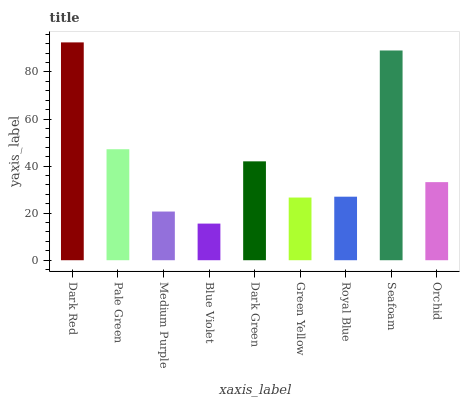
| xaxis_label | bars |
 | --- | --- |
 | Dark Red | 92.6 |
 | Pale Green | 47.2 |
 | Medium Purple | 20.7 |
 | Blue Violet | 15.6 |
 | Dark Green | 42 |
 | Green Yellow | 26.6 |
 | Royal Blue | 27 |
 | Seafoam | 89.1 |
 | Orchid | 33.2 |